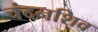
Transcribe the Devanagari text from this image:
चंदनशिव